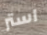
استر